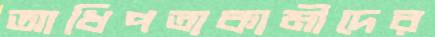
আধিপত্যকামীদের